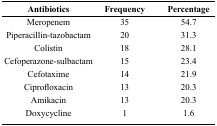
<table><thead><tr><td><b>Antibiotics</b></td><td><b>Frequency</b></td><td><b>Percentage</b></td></tr></thead><tbody><tr><td>Meropenem</td><td>35</td><td>54.7</td></tr><tr><td>Piperacillin-tazobactam</td><td>20</td><td>31.3</td></tr><tr><td>Colistin</td><td>18</td><td>28.1</td></tr><tr><td>Cefoperazone-sulbactam</td><td>15</td><td>23.4</td></tr><tr><td>Cefotaxime</td><td>14</td><td>21.9</td></tr><tr><td>Ciprofloxacin</td><td>13</td><td>20.3</td></tr><tr><td>Amikacin</td><td>13</td><td>20.3</td></tr><tr><td>Doxycycline</td><td>1</td><td>1.6</td></tr></tbody></table>